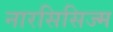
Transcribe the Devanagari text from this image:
नारसिसिज्म